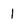
Character: 1